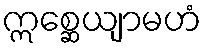
ဣစ္ဆေယျာမဟံ